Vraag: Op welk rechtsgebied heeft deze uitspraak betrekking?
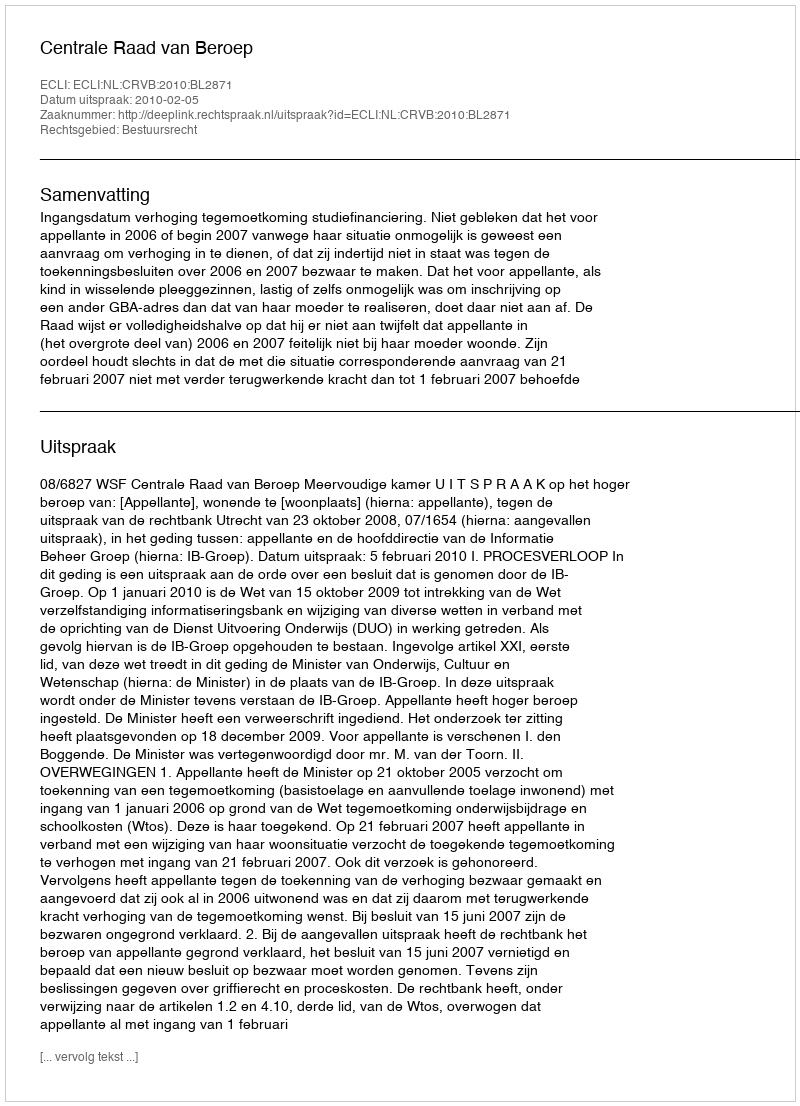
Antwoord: Bestuursrecht